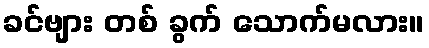
ခင်ဗျား တစ် ခွက် သောက်မလား။